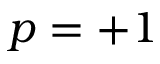
p = + 1